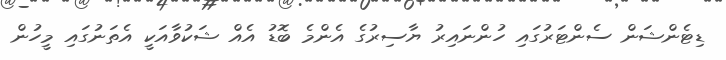
ޑިޓެންޝަން ސެންޓަރުގައި ހުންނައިރު ޔާސިރުގެ އެންމެ ބޮޑު އެއް ޝަކުވާއަކީ އެތަނުގައި މީހުން